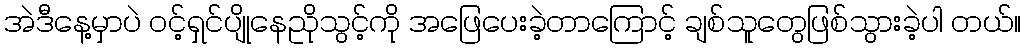
အဲဒီနေ့မှာပဲ ဝင့်ရှင်ပျိုနေညိုသွင့်ကို အဖြေပေးခဲ့တာကြောင့် ချစ်သူတွေဖြစ်သွားခဲ့ပါ တယ်။